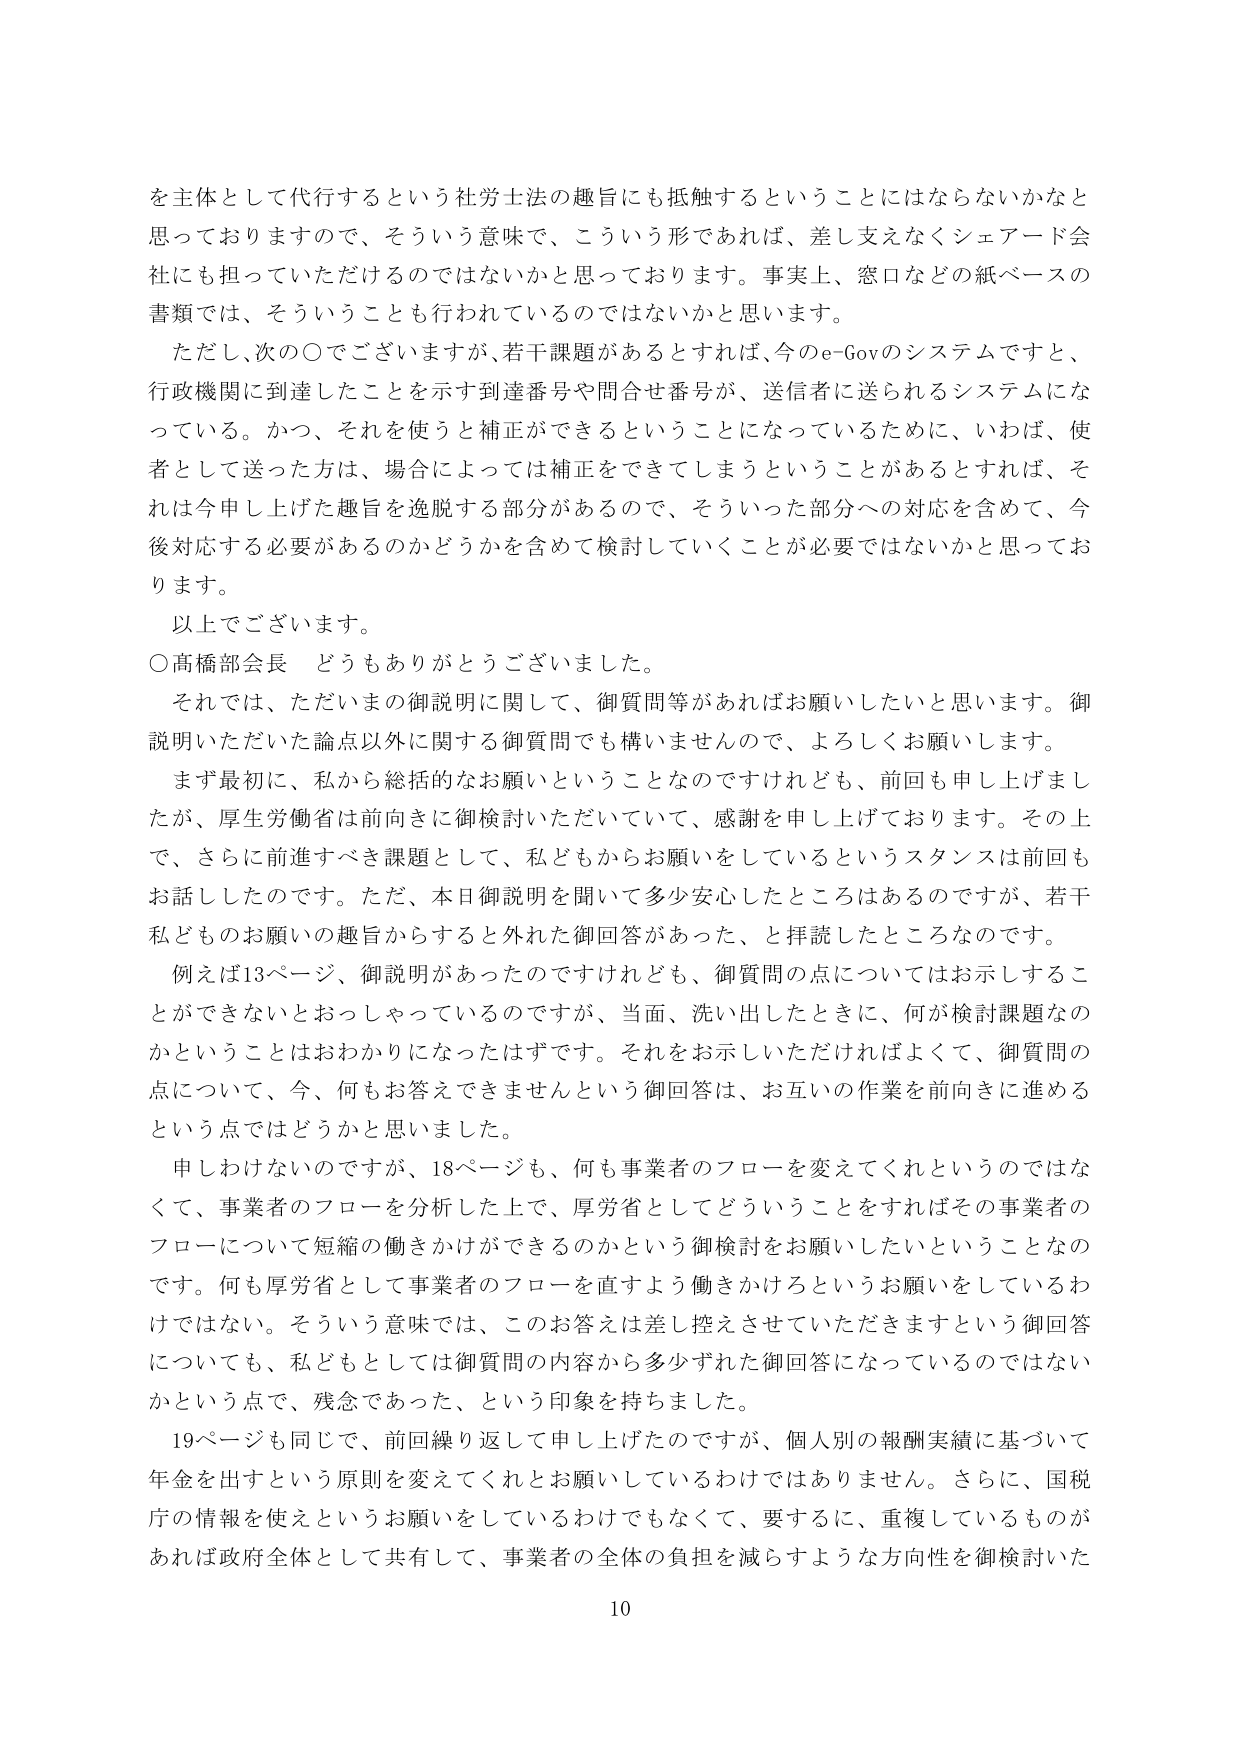
を主体として代行するという社労士法の趣旨にも抵触するということにはならないかなと思っておりますので、そういう意味で、こういう形であれば、差し支えなくシェアード会社にも担っていただけるのではないかと思っております。事実上、窓口などの紙ベースの書類では、そういうことも行われているのではないかと思います。

ただし、次の〇でございますが、若干課題があるとすれば、今のe-Govのシステムですと、行政機関に到達したことを示す到達番号や問合せ番号が、送信者に送られるシステムになっている。かつ、それを使うと補正ができるということになっているために、いわば、使者として送った方は、場合によっては補正をしてしまうということがあるとすれば、それは今申し上げた趣旨を逸脱する部分があるので、そういった部分への対応を含めて、今後対応する必要があるのかどうかを含めて検討していくことが必要ではないかと思っております。

以上でございます。

〇高橋部会長　どうもありがとうございました。

それでは、ただいまの御説明に関して、御質問等があればお願いしたいと思います。御説明いただいた論点以外に関する御質問でも構いませんので、よろしくお願いします。

まず最初に、私から総括的なお願いということなのですが、前回も申し上げましたが、厚生労働省は前向きに御検討いただいていて、感謝を申し上げております。その上で、さらに前進すべき課題として、私どもからお願いをしているというスタンスは前回もお話しましたのです。ただ、本日御説明を聞いて多少安心したところはあるのですが、若干私どものお願いの趣旨からすると外れた御回答があった、と拝読したところなのです。

例えば13ページ、御説明があったのですけれども、御質問の点についてはお示しすることができないといおっしゃっているのですが、当面、洗い出したときに、何が検討課題なのかということはおわかりになったはずです。それをお示しいただければよくて、御質問の点について、今、何もお答えできませんという御回答は、お互いの作業を前向きに進めるという点ではどうかと思いました。

申しわけないのですが、18ページも、何も事業者のフローを変えてくれというのではなくて、事業者のフローを分析した上で、厚労省としてどういうことをすればその事業者のフローについて短縮の働きかけができるのかという御検討をお願いしたいということなのです。何も厚労省として事業者のフローを直すよう働きかけるというお願いをしているわけではない。そういう意味では、このお答えは差し控えさせていただきますという御回答についても、私どもとしては御質問の内容から多少ずれた御回答になっているのではないかという点で、残念であった、という印象を持ちました。

19ページも同じで、前回繰り返して申し上げたのですが、個人別の報酬実績に基づいて年金を出すという原則を変えてくれとお願いしているわけではありません。さらに、国税庁の情報を使えというお願いをしているわけでもなく、要するに、重複しているものがあれば政府全体として共有して、事業者の全体の負担を減らすような方向性を御検討いた

10